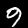
Label: 9